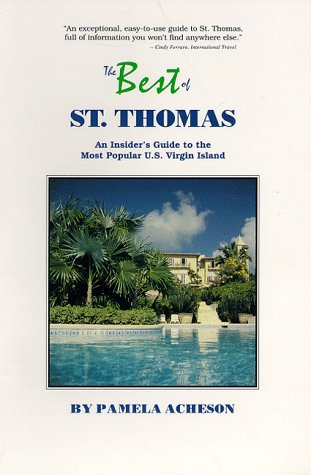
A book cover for The Best of st Thomas: An Insider's Guide to the Most Popular U.S. Virgin Island; Pamela Acheson; Travel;